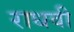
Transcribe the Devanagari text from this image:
राधवी